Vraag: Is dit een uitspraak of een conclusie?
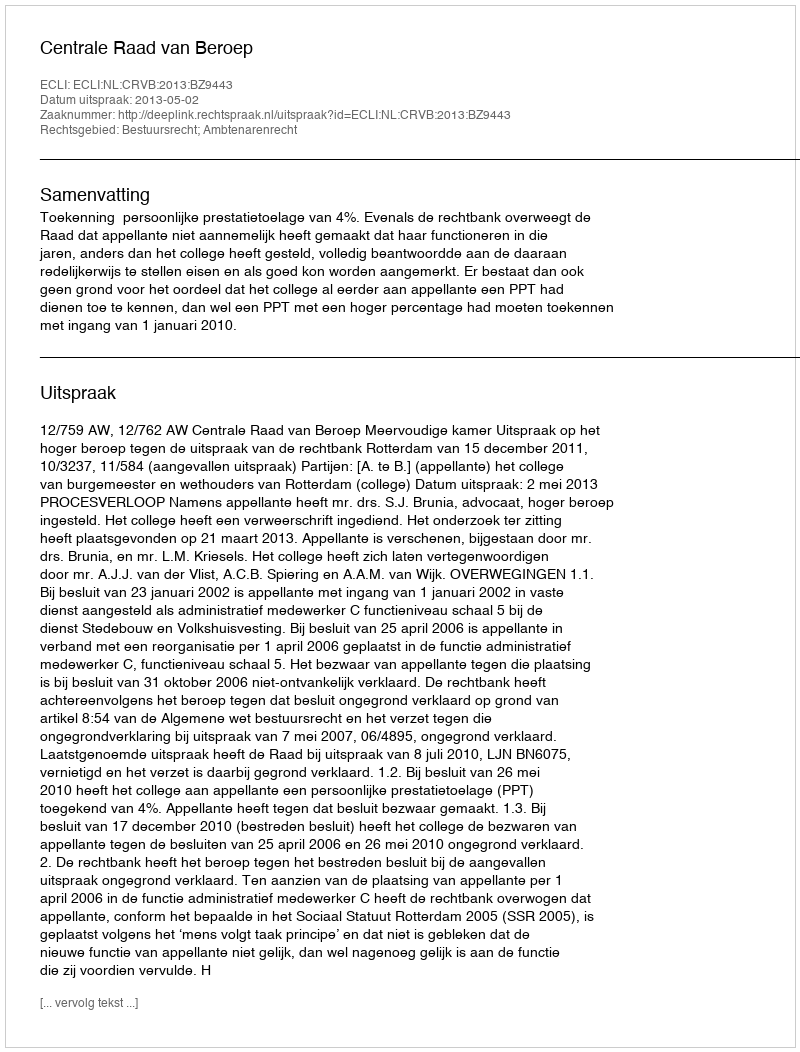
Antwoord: Uitspraak